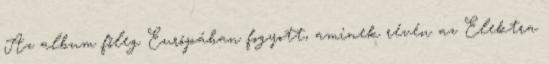
Az album főleg Európában fogyott, aminek révén az Elektra